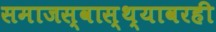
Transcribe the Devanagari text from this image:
समाजस्वास्थ्यावरही